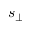
s _ { \perp }